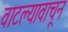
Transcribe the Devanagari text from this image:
वाटल्यावाचून